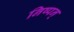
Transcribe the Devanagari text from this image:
निष्पन्